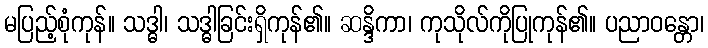
မပြည့်စုံကုန်။ သဒ္ဓါ၊ သဒ္ဓါခြင်းရှိကုန်၏။ ဆန္ဒိကာ၊ ကုသိုလ်ကိုပြုကုန်၏။ ပညာဝန္တော၊